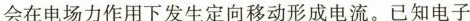
会在电场力作用下发生定向移动形成电流。已知电子